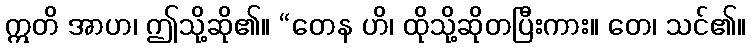
ဣတိ အာဟ၊ ဤသို့ဆို၏။ “တေန ဟိ၊ ထိုသို့ဆိုတပြီးကား။ တေ၊ သင်၏။